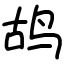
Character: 鸪